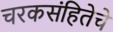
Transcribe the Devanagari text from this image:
चरकसंहितेचे